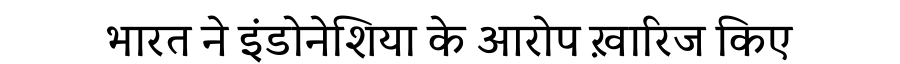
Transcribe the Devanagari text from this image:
भारत ने इंडोनेशिया के आरोप ख़ारिज किए